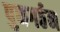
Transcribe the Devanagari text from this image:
पुनगर्ठन